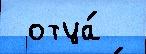
 отца́